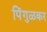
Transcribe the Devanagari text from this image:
पिंगुळकर